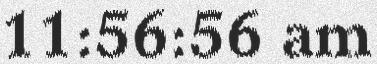
11:56:56 am